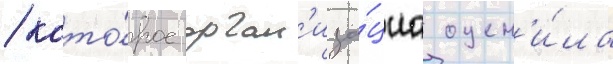
/ кото́рое орган'иза́циа оцен'и́ла